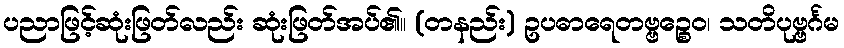
ပညာဖြင့်ဆုံးဖြတ်လည်း ဆုံးဖြတ်အပ်၏။ (တနည်း) ဥပဓာရေတဗ္ဗဉ္စေဝ၊ သတိပုဗ္ဗင်္ဂမ